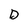
Character: D